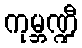
ကုမ္ဘဏ္ဍီ